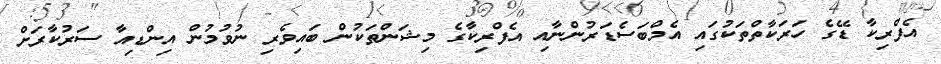
އެފްރިކާ ޑޭގެ ހަރަކާތްތަކުގައި އެމްބަސެޑަރުންނާއި އެފްރިކާގެ މިޝަންތަކުން ބައިވެރި ނުވުމުން އިންޑިއާ ސަރުކާރަށް